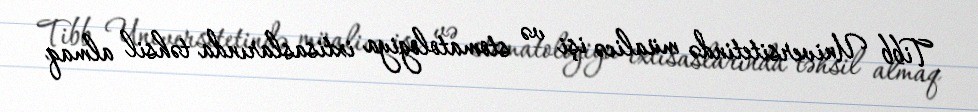
Tibb Universitetində müalicə işi və stomatologiya ixtisaslarında təhsil almaq